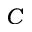
C